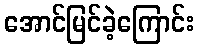
အောင်မြင်ခဲ့ကြောင်း